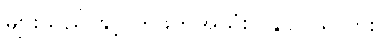
များသည် နှင့် တွဲဖက်အသုံးပြုနိုင်ပါသလား။